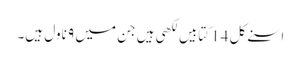
اسنے کل 14 کتابیں لکھی ہیں جن میں ۹ ناول ہیں۔